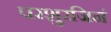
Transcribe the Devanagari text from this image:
परशुरजिनं